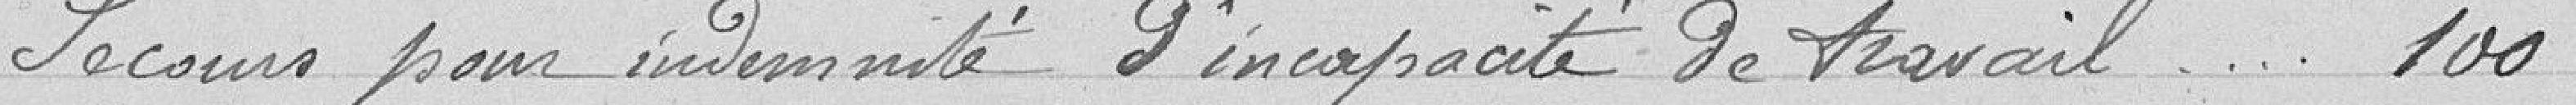
Secours pour indemnité d'incapacité de travail 100